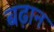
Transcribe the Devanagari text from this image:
बढ़ान